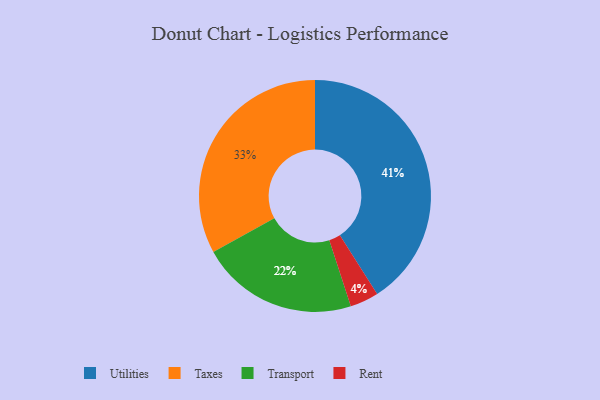
{"axis": {"x": "Category", "y": "Percentage"}, "legend": ["Rent", "Taxes", "Transport", "Utilities"], "data": [{"x": "Taxes", "y": 33, "type": "Taxes"}, {"x": "Utilities", "y": 41, "type": "Utilities"}, {"x": "Transport", "y": 22, "type": "Transport"}, {"x": "Rent", "y": 4, "type": "Rent"}]}